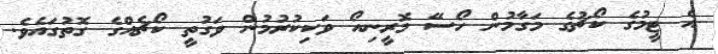
އެ ޓީމުގެ ކޯޗުގެ މަގާމުން ހޯސޭ މޮރީނިއޯ ވަކިކުރުމުން ވަގުތީ ކޯޗެއްގެ ގޮތުގައެވެ.